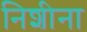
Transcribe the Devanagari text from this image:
निशीना